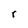
Character: r